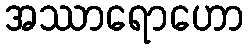
အဿာရောဟော